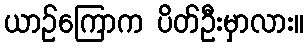
ယာဉ်ကြောက ပိတ်ဦးမှာလား။